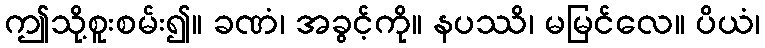
ဤသို့စူးစမ်း၍။ ခဏံ၊ အခွင့်ကို။ နပဿိ၊ မမြင်လေ။ ပိယံ၊